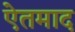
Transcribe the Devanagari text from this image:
ऐतमाद